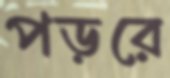
পড়রে